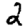
Digit: 2